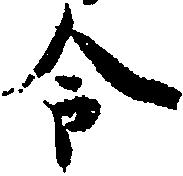
令